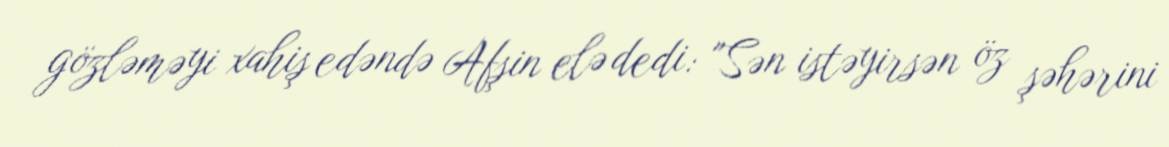
gözləməyi xahiş edəndə Afşin elə dedi: "Sən istəyirsən öz şəhərini